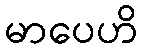
မာပေဟိ